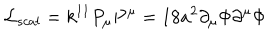
LaTeX: { \cal L } _ { s c a l } = k ^ { 1 1 } P _ { \mu } P ^ { \mu } = 1 8 a ^ { 2 } \partial _ { \mu } \Phi \partial ^ { \mu } \Phi